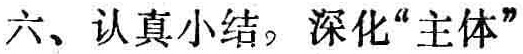
六、认真小结，深化“主体”